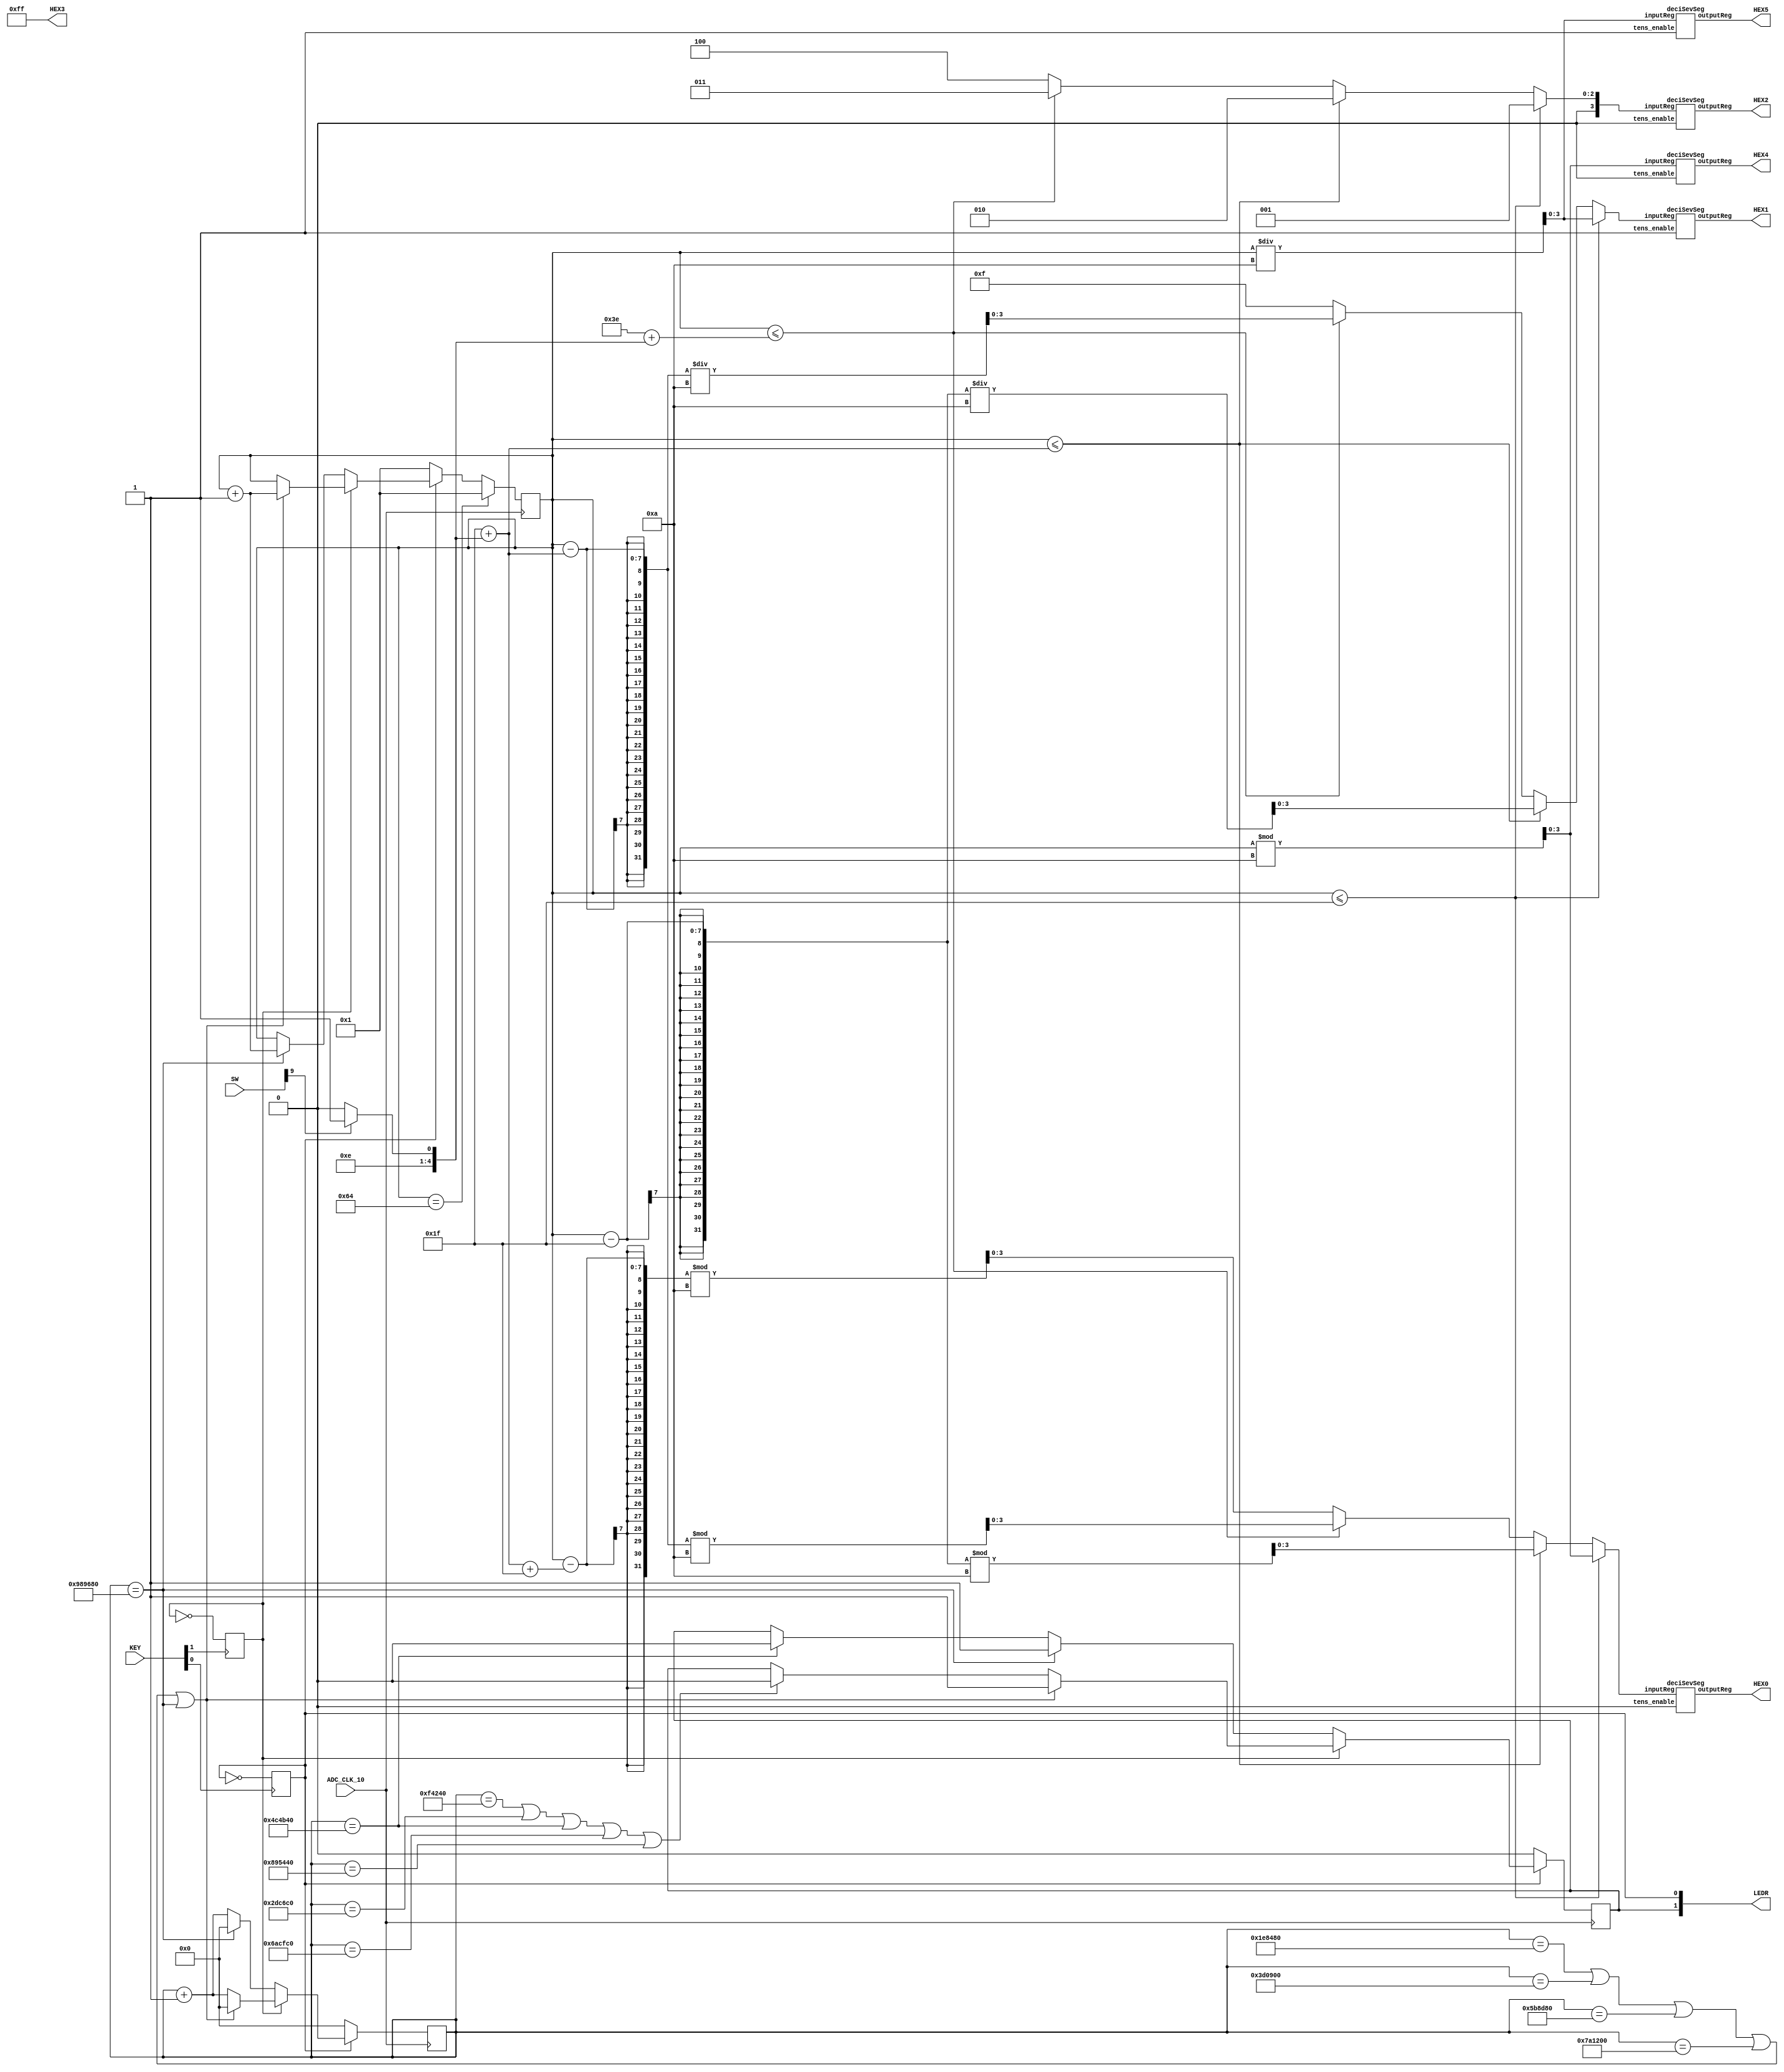
module Lab2(ADC_CLK_10, SW, LEDR, KEY, HEX0, HEX1, HEX2, HEX3, HEX4, HEX5);
	input  ADC_CLK_10;
	input  [1:0]  KEY;
	input  [9:0]   SW;
	output [9:0] LEDR;
	output [7:0] HEX0;
	output [7:0] HEX1;
	output [7:0] HEX2;
	output [7:0] HEX3;
	output [7:0] HEX4;
	output [7:0] HEX5;
	reg					 clk;
	reg [23:0]		 counter; 
	reg [3:0]  dayOfYearOnes; 
	reg [3:0]  dayOfYearTens; 
	reg [3:0]		   month;
	reg [3:0]		day_tens;
	reg [3:0]		day_ones;
	reg [6:0]	   dayOfYear;
	reg [4:0]		february;
	reg			  clk_enable;
	reg		   fiveHZ_enable;
	assign LEDR[9] =	  SW[9];
	assign LEDR[1] =		clk;
	assign LEDR[0] = clk_enable;
	initial begin
		clk = 0;
		counter = 0; 
		month = 1;
		day_tens = 0;
		day_ones = 1;
		dayOfYear = 1;
		february = 28;
		clk_enable = 0;
		fiveHZ_enable = 0;
	end

	deciSevSeg dayOfYeartens (.tens_enable(1'b1), .inputReg(dayOfYearTens),.outputReg(HEX5));
	deciSevSeg dayOfYearones (.tens_enable(1'b0), .inputReg(dayOfYearOnes),.outputReg(HEX4));
	assign HEX3 = 8'b1111_1111;
	deciSevSeg monthones	 (.tens_enable(1'b0), .inputReg(month),		   .outputReg(HEX2));
	deciSevSeg daytens		 (.tens_enable(1'b1), .inputReg(day_tens),	   .outputReg(HEX1));
	deciSevSeg dayones		 (.tens_enable(1'b0), .inputReg(day_ones),	   .outputReg(HEX0));

	always @(SW[9]) begin
		if(~SW[9]) february <= 28;
		else february <= 29;
	end
	always @(negedge KEY[0]) clk_enable = ~clk_enable;
	always @(negedge KEY[1]) fiveHZ_enable = ~fiveHZ_enable;
	always @(dayOfYear) begin
		dayOfYearOnes <= dayOfYear % 10;
		dayOfYearTens <= dayOfYear / 10;
		if(dayOfYear <= 31) begin
			month <= 1;
			day_tens <= dayOfYear / 10;
			day_ones <= dayOfYear % 10;
		end
		else if(dayOfYear <= (31 + february)) begin
			month <= 2;
			day_tens <= (dayOfYear - 31) / 10;
			day_ones <= (dayOfYear - 31) % 10;
		end
		else if(dayOfYear <= (31 + 31 + february)) begin 
			month <= 3;
			day_tens <= (dayOfYear - (31 + february)) / 10;
			day_ones <= (dayOfYear - (31 + february)) % 10;
		end
		else begin
			month <= 4;
			day_tens = 4'd15; //blank
			day_ones <= (dayOfYear - (31 + february + 31)) % 10;
		end
	end
	always @(posedge ADC_CLK_10) begin
		if(~clk_enable) begin //resets if KEY0 0 is pressed
			clk <= 0;
			counter <= 0;
			dayOfYear <= 1;
		end
		else if(clk_enable) begin
			counter <= counter + 1;
			if(fiveHZ_enable) begin
				if(counter == 1_000_000 || counter == 3_000_000 || counter == 5_000_000 || counter == 7_000_000 || counter == 9_000_000) clk <= 1'b0;
				if(counter == 2_000_000 || counter == 4_000_000 || counter == 6_000_000 || counter == 8_000_000 || counter == 10_000_000) begin
					counter <= 0;
					clk <= 1'b1;
					dayOfYear <= dayOfYear + 1;
				end
			end
			else begin
				if(counter == 5_000_000) clk <= 1'b0;
				if(counter == 10_000_000) begin
					counter <= 0;
					clk <= 1'b1;
					dayOfYear <= dayOfYear + 1;
				end
			end
		end
		if(dayOfYear == 100) dayOfYear <= 1;
	end
endmodule

module deciSevSeg(tens_enable, inputReg, outputReg);
	input  [3:0]  inputReg;
	input	   tens_enable;
	output [7:0] outputReg;
	reg    [7:0] outputHEX;
	assign outputReg = outputHEX;
	always @(inputReg) begin
		casex({tens_enable, inputReg})
			default:  outputHEX = 8'b11111111; // blank
			5'b00000: outputHEX = 8'b11000000; //0
			5'bx0001: outputHEX = 8'b11111001; //1
			5'bx0010: outputHEX = 8'b10100100; //2
			5'bx0011: outputHEX = 8'b10110000; //3
			5'bx0100: outputHEX = 8'b10011001; //4
			5'bx0101: outputHEX = 8'b10010010; //5
			5'bx0110: outputHEX = 8'b10000010; //6
			5'bx0111: outputHEX = 8'b11111000; //7
			5'bx1000: outputHEX = 8'b10000000; //8
			5'bx1001: outputHEX = 8'b10010000; //9
		endcase
	end
endmodule